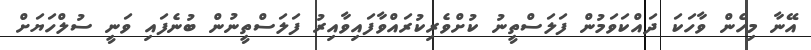
އޭނާ މިހެން ވާހަކަ ދައްކަވަމުން ފަލަސްތީނު ކުށްވެރިކުރައްވާފައިވާއިރު ފަލަސްތީނުން ބުނެފައި ވަނީ ސުލްހަޔަށް